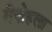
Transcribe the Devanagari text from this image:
मैनोहला